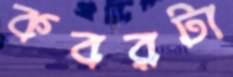
কবরটা